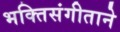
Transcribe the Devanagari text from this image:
भक्तिसंगीताने